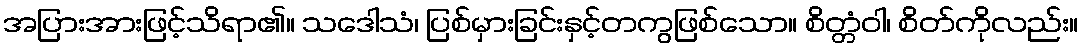
အပြားအားဖြင့်သိရာ၏။ သဒေါသံ၊ ပြစ်မှားခြင်းနှင့်တကွဖြစ်သော။ စိတ္တံဝါ၊ စိတ်ကိုလည်း။